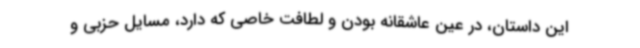
این داستان، در عین عاشقانه بودن و لطافت خاصی که دارد، مسایل حزبی و